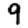
Digit: 9